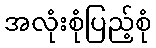
အလုံးစုံပြည့်စုံ